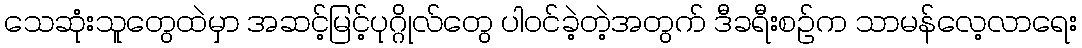
သေဆုံးသူတွေထဲမှာ အဆင့်မြင့်ပုဂ္ဂိုလ်တွေ ပါဝင်ခဲ့တဲ့အတွက် ဒီခရီးစဉ်က သာမန်လေ့လာရေး